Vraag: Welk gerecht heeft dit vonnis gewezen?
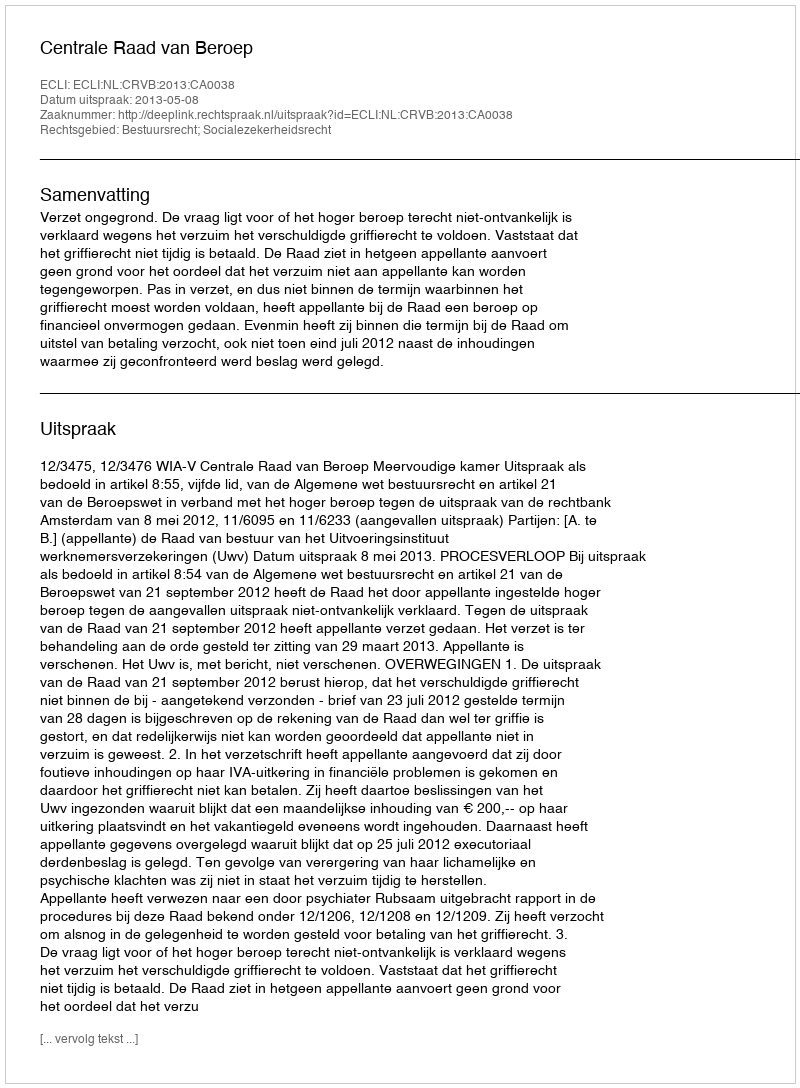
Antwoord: Centrale Raad van Beroep